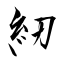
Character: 紉